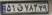
۵۱ق۷۸۳۲۹